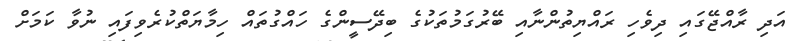
އަދި ރާއްޖޭގައި ދިވެހި ރައްޔިތުންނާއި ބޭރުގަމުތަކުގެ ބިދޭސީންގެ ހައްގުތައް ހިމާޔަތްކުރެވިފައި ނުވާ ކަމަށް